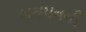
બચપનની